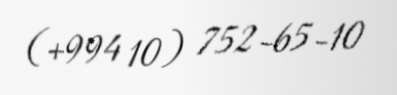
(+994 10) 752-65-10